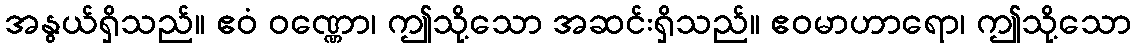
အနွယ်ရှိသည်။ ဧဝံ ဝဏ္ဏော၊ ဤသို့သော အဆင်းရှိသည်။ ဧဝမာဟာရော၊ ဤသို့သော